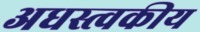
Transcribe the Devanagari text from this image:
अधस्त्वकीय